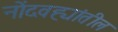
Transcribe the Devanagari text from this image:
नोंदवह्यांतील